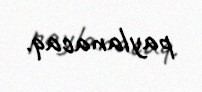
paylanacaq.